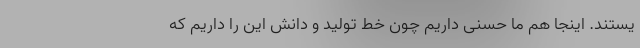
یستند. اینجا هم ما حُسنی داریم چون خط تولید و دانش این را داریم که